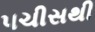
પચીસથી